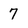
Character: 7